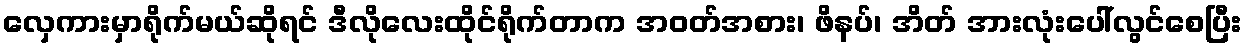
လှေကားမှာရိုက်မယ်ဆိုရင် ဒီလိုလေးထိုင်ရိုက်တာက အဝတ်အစား၊ ဖိနပ်၊ အိတ် အားလုံးပေါ်လွင်စေပြီး